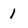
Character: 1